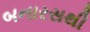
બનારસથી